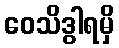
ဝေသိဒွါရမှိ